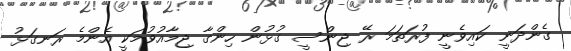
ގެންދަނީ ކައިވެނީ ފުރަތަމަ ރޭ ޖިންސީ ގުޅުން ހިންގާ ޖިމާއުވުމަކީ އެންމެ ރަނގަޅު